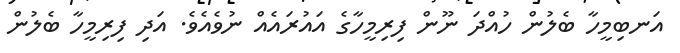
އަނބިމީހާ ބެލުން ހުއްދަ ނޫން ފިރިމީހާގެ އައުރައެއް ނުވެއެވެ. އަދި ފިރިމީހާ ބެލުން